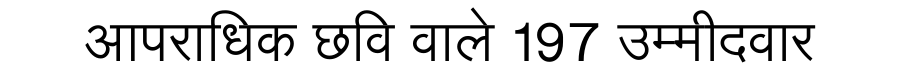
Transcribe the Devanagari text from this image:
आपराधिक छवि वाले 197 उम्मीदवार